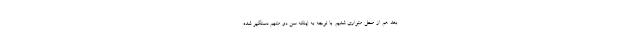
بعد هم از محل متواری شدیم. با توجه به اینکه سن دو متهم دستگیر شده